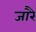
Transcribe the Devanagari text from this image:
जारै